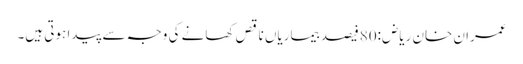
عمران خان ریاض:80فیصد بیماریاں ناقص کھانے کی وجہ سے پیدا ہوتی ہیں۔